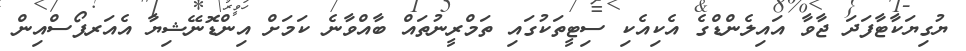
ޔުގިޔަކާޓާފަދަ ޖާވާ އައިލެންޑްގެ އެކިއެކި ސިޓީތަކުގައި ތަމްރީނުތައް ބާއްވާނެ ކަމަށް އިންޑޮނޭޝިޔާ އެއަރފޯސްއިން